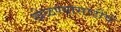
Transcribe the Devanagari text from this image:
खेळण्यासाठीचे